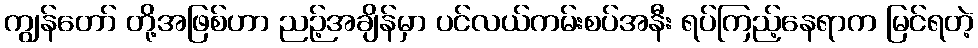
ကျွန်တော် တို့အဖြစ်ဟာ ညဉ့်အချိန်မှာ ပင်လယ်ကမ်းစပ်အနီး ရပ်ကြည့်နေရာက မြင်ရတဲ့